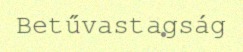
Betűvastagság